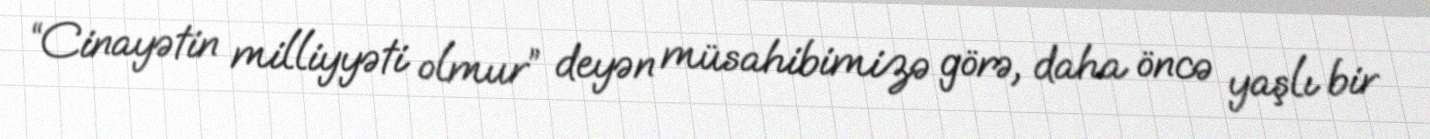
“Cinayətin milliyyəti olmur” deyən müsahibimizə görə, daha öncə yaşlı bir